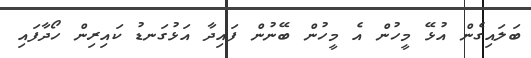
ބަލައިގެން އުޅޭ މީހުން އެ މީހުން ބޭނުން ފައިދާ އަޅުގަނޑު ކައިރިން ހޯދާފައި